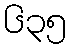
၆၃၅